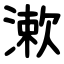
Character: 漱